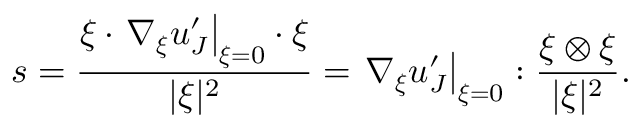
s = \frac { \boldsymbol { \xi } \cdot \left. \nabla _ { \boldsymbol { \xi } } \boldsymbol { u } _ { J } ^ { \prime } \right| _ { \boldsymbol { \xi } = 0 } \cdot \boldsymbol { \xi } } { | \boldsymbol { \xi } | ^ { 2 } } = \left. \nabla _ { \boldsymbol { \xi } } \boldsymbol { u } _ { J } ^ { \prime } \right| _ { \boldsymbol { \xi } = 0 } : \frac { \boldsymbol { \xi } \otimes \boldsymbol { \xi } } { | \boldsymbol { \xi } | ^ { 2 } } .